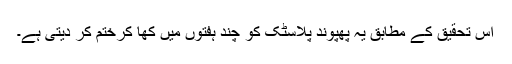
اس تحقیق کے مطابق یہ پھپوند پلاسٹک کو چند ہفتوں میں کھا کرختم کر دیتی ہے۔